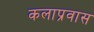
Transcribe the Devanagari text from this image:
कलाप्रवास